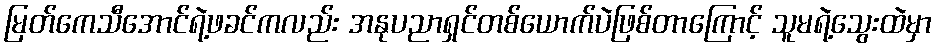
မြတ်ကေသီအောင်ရဲ့ဖခင်ကလည်း အနုပညာရှင်တစ်ယောက်ပဲဖြစ်တာကြောင့် သူမရဲ့သွေးထဲမှာ